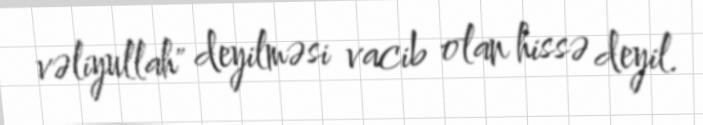
vəliyullah" deyilməsi vacib olan hissə deyil.